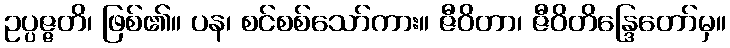
ဥပ္ပဇ္ဇတိ၊ ဖြစ်၏။ ပန၊ စင်စစ်သော်ကား။ ဇီဝိတာ၊ ဇီဝိတိန္ဒြေတော်မှ။